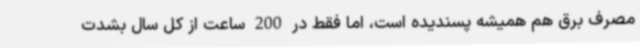
مصرف برق هم همیشه پسندیده است، اما فقط در 200 ساعت از کل سال بشدت